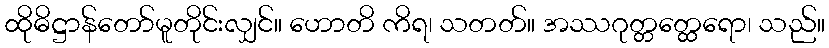
ထိုဓိဋ္ဌာန်တော်မူတိုင်းလျှင်။ ဟောတိ ကိရ၊ သတတ်။ အဿဂုတ္တတ္ထေရော၊ သည်။